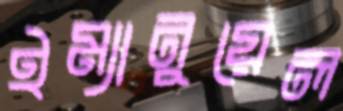
ইম্যানুয়েল